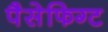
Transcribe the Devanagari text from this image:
पैसेफिग्ट